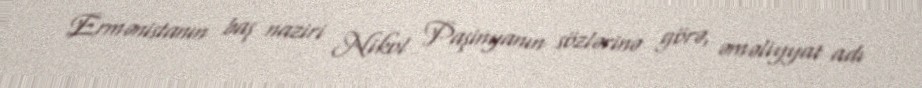
Ermənistanın baş naziri Nikol Paşinyanın sözlərinə görə, əməliyyat adı